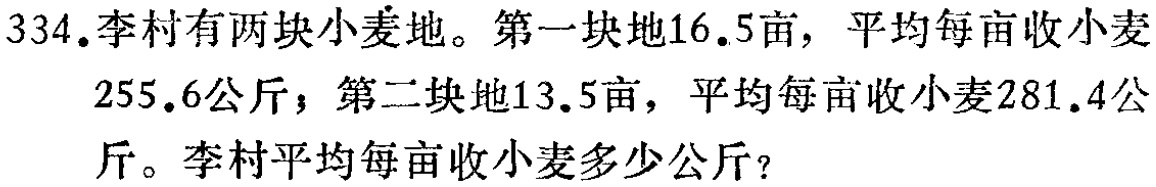
334.李村有两块小麦地。第一块地16.5亩，平均每亩收小麦255.6公斤；第二块地13.5亩，平均每亩收小麦281.4公斤。李村平均每亩收小麦多少公斤？